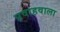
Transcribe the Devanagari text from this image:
प्रवाहवाला